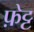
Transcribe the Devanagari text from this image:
फ़ेट्ट